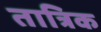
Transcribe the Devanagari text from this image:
तात्रिक